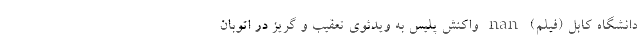
دانشگاه کابل (فیلم) nan واکنش پلیس به ویدئوی تعقیب و گریز در اتوبان